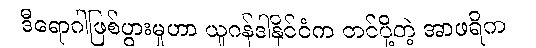
ဒီရောဂါဖြစ်ပွားမှုဟာ ယူဂန်ဒါနိုင်ငံက တင်ပို့တဲ့ အာဖရိက